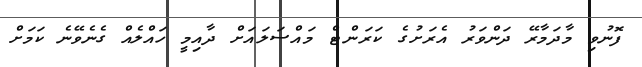
ފޮނުވި މާދަމާރޭ ދަންވަރު އެރަށުގެ ކަރަންޓް މައްސަލައަށް ދާއިމީ ހައްލެއް ގެނެވޭނެ ކަމަށް